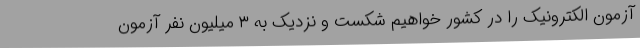
آزمون الکترونیک را در کشور خواهیم شکست و نزدیک به ۳ میلیون نفر آزمون